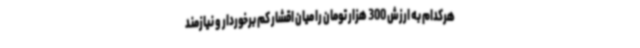
هرکدام به ارزش 300 هزار تومان را میان اقشار کم برخوردار و نیازمند